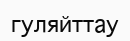
гуляйттау